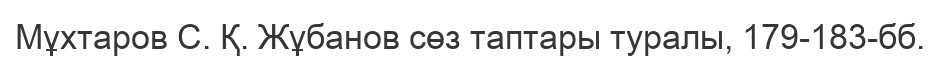
Мұхтаров С. Қ. Жұбанов сөз таптары туралы, 179-183-бб.